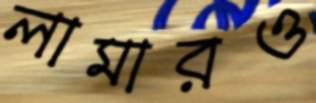
লামারও